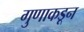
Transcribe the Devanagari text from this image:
गुणाकडून